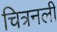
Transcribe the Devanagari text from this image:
चित्रनली